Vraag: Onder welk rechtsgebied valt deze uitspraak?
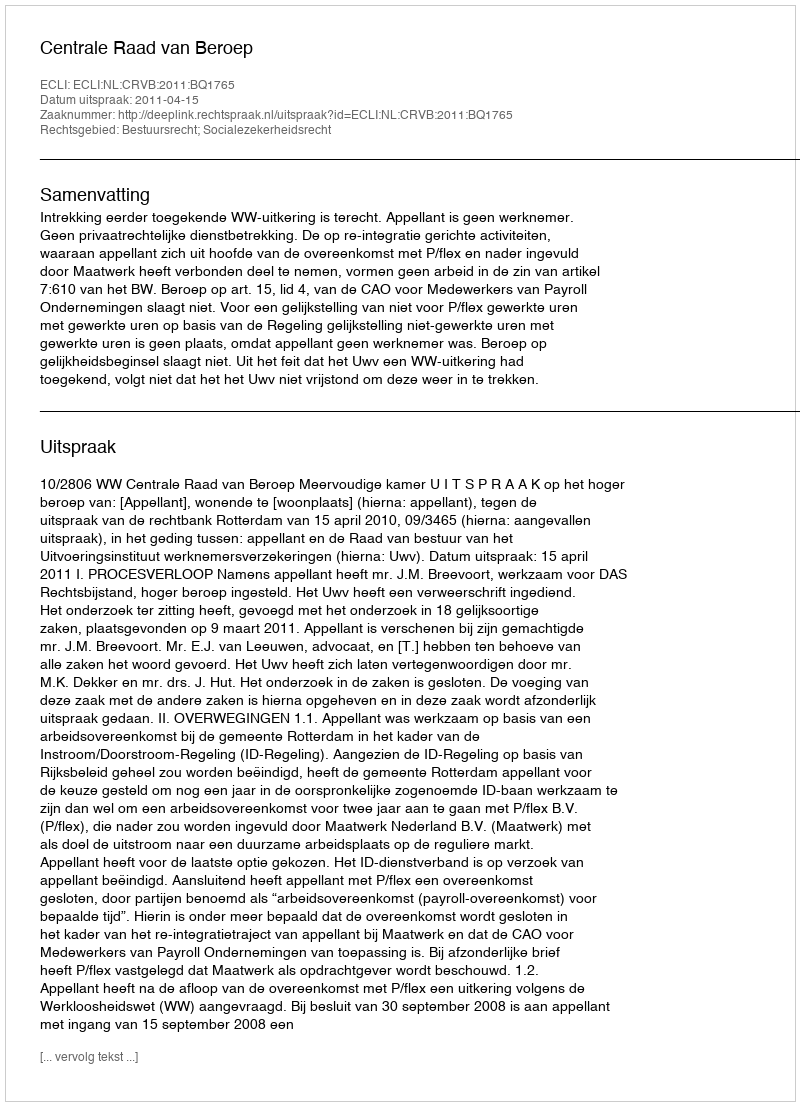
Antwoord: Bestuursrecht; Socialezekerheidsrecht